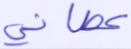
عصاني